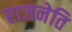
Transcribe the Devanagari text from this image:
राजनेति